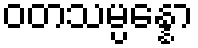
ဝတသမ္ပန္နော